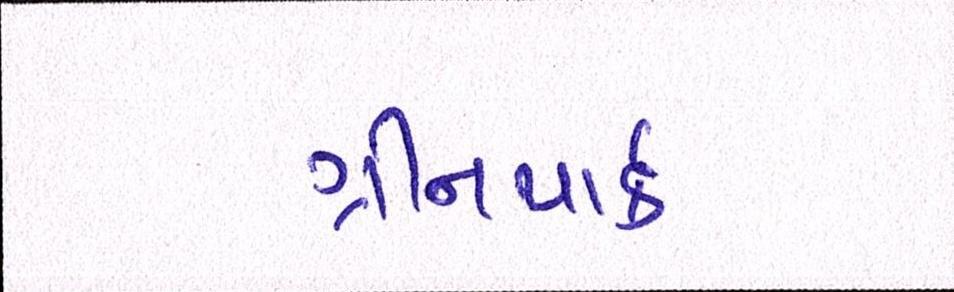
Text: ગ્રીનપાર્ક